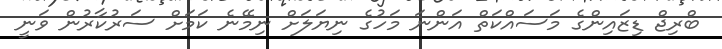
ބްރިޖް ޑިޒައިންގެ މަސައްކަތް އަންނަ މަހުގެ ނިޔަލަށް ނިމޭނެ ކަމަށް ސަރުކާރުން ވަނީ